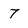
Character: 7